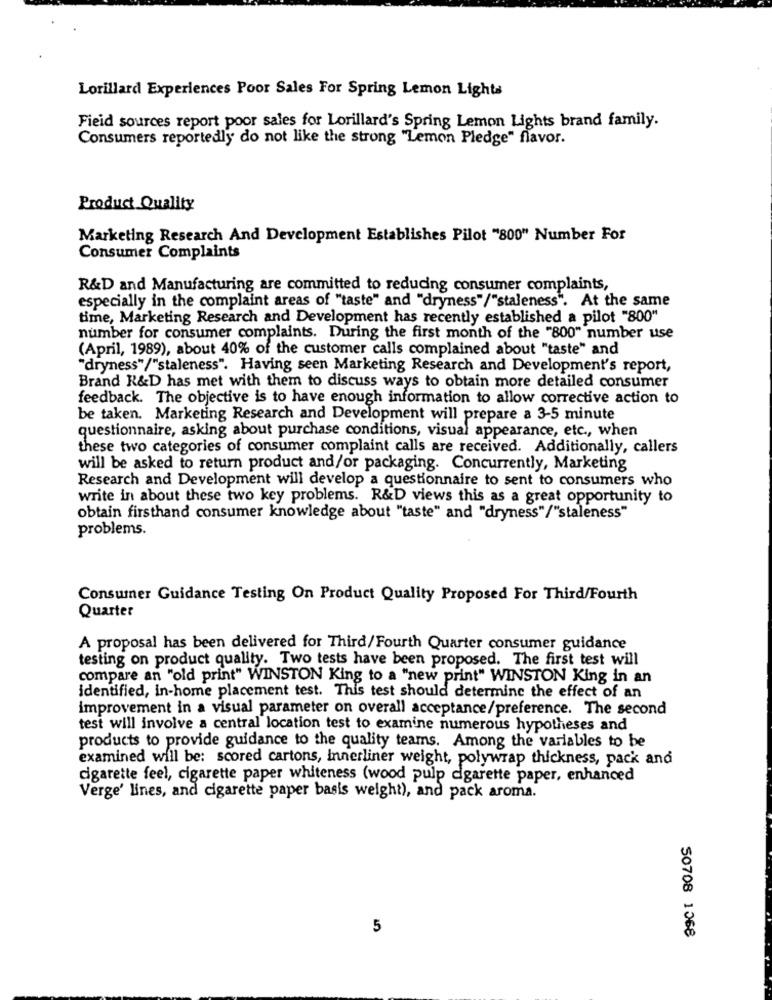
Lorillard Experiences Poor Sales For Spring Lemon Lights
Field sources report poor sales for Lorillard's Spring Lemon Lights brand family.
Consumers reportedly do not like the strong "Lemon Pledge" flavor.
Product Quality
Marketing Research And Development Establishes Pilot "800" Number For
Consumer Complaints
R&D and Manufacturing are committed to reducing consumer complaints,
especially in the complaint areas of "taste" and "dryness"/"staleness". At the same
time, Marketing Research and Development has recently established a pilot "800"
number for consumer complaints. During the first month of the "800" number use
(April, 1989), about 40% of the customer calls complained about "taste" and
"dryness"/"staleness". Having seen Marketing Research and Development's report,
Brand R&D has met with them to discuss ways to obtain more detailed consumer
feedback. The objective is to have enough information to allow corrective action to
be taken. Marketing Research and Development will prepare a 3-5 minute
questionnaire, asking about purchase conditions, visual appearance, etc ., when
these two categories of consumer complaint calls are received. Additionally, callers
will be asked to return product and/or packaging. Concurrently, Marketing
Research and Development will develop a questionnaire to sent to consumers who
write in about these two key problems. R&D views this as a great opportunity to
obtain firsthand consumer knowledge about "taste" and "dryness"/"staleness"
problems.
Consumer Guidance Testing On Product Quality Proposed For Third/Fourth
Quarter
A proposal has been delivered for Third/Fourth Quarter consumer guidance
testing on product quality. Two tests have been proposed. The first test will
compare an "old print" WINSTON King to a "new print" WINSTON King in an
identified, in-home placement test. This test should determine the effect of an
improvement in a visual parameter on overall acceptance/preference. The second
test will involve a central location test to examine numerous hypotheses and
products to provide guidance to the quality teams. Among the variables to be
examined will be: scored cartons, Innerliner weight, polywrap thickness, pack and
cigarette feel, cigarette paper whiteness (wood pulp cigarette paper, enhanced
Verge' lines, and cigarette paper basis weight), and pack aroma.
5
50708 1068